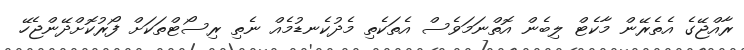
ރާއްޖޭގެ އެތެރޭން މާކެޓް ލިބެން އޮތްނަމަވެސް އެތަކެތި މެދުކެނޑުމެއް ނެތި ރިސޯޓްތަކަށް ފޯރުކޮށްދޭންޖެހޭ